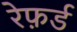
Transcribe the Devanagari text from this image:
रेफ़र्ड